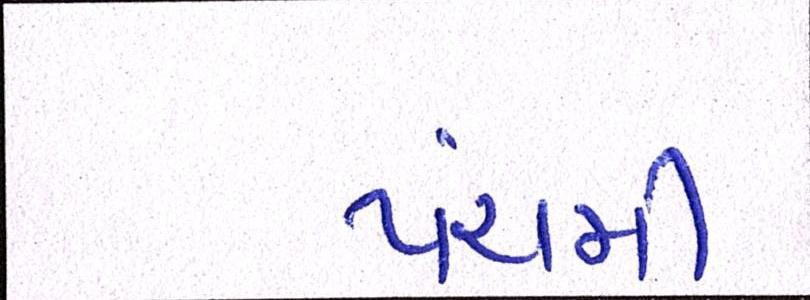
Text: પંચમી